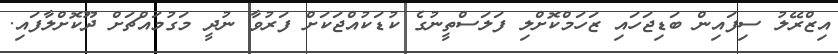
އިޒްރޭލު ސިފައިން ބަޑިޖަހައި ޒަހަމްކޮށްލި ފަލަސްތީނުގެ ކުޑަކުއްޖަކަށް ފަރުވާ ނުދީ މަގުމައްޗަށް ދޫކޮށްލާފައި.